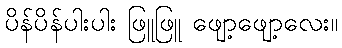
ပိန်ပိန်ပါးပါး ဖြူဖြူ ဖျော့ဖျော့လေး။